Annual report of the Civil Veterinary Department, Bengal, for the year 1897-98 - 1897-1898
Year: 1897
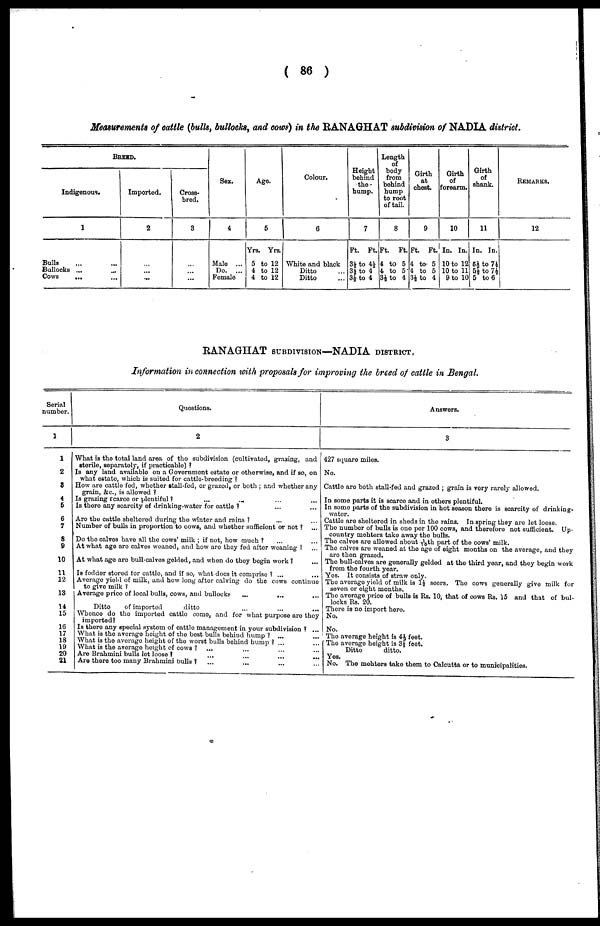
(86)
Measurements of cattle (bulls, bullocks, and cows) in the RANAGHAT subdivision of NADIA district.
BREED.
Indigenous.
1
Bulls ... ...
Bullocks ... ...
Cows
... ...
Imported.
2
...
...
...
Cross-
bred.
3
...
...
...
Sex.
4
Male ...
Do. ...
Female
Age.
5
Yrs. Yrs.
5 to 12
4 to 12
4 to 12
Colour.
6
White and black
Ditto ...
Ditto ...
Height
behind
the
bump.
7
Ft.
Ft.
3½ to 4½
3½ to 4
3½ to 4
Length
of
body
from
behind
hump
to root
of tail.
8
Ft.
Ft.
4 to 5
4 to 5
3½ to 4
Girth
at
chest.
9
Ft.
Ft
4 to 5
4 to 5
3½ to 4
Girth
of
forearm.
10
In. In.
10 to 12
10 to 11
9 to 10
Girth
of
shank.
11
In. In.
5½ to 7½
5½ to 7½
5 to 6
REMARKS.
12
RANAGHAT SUBDIVISION—NADIA DISTRICT,
Information in connection with proposals for improving the breed of cattle in Bengal.
Serial
number.
1
1
2
3
4
6
6
7
8
9
10
11
12
13
14
15
16
17
18
19
20
21
Questions.
2
What is the total land area of the subdivision (cultivated, grazing, and
storile, separately, if practicable)?
Is any land available on a Government estate or otherwise, and if so, on i
what estate, which is suited for cattle-breeding?
How are cattle fed, whether stall-fed, or grazed, or both; and whether any
grain, &c., is allowed?
Is grazing Ecarco or plentiful? ... ...
Is there any scarcity of drinking-water for cattle? ... ...
Are the cattle sheltored during the winter and rains?
...
... ...
Number of bulls in proportion to cows, and whether sufficient or not? ...
Do the calves have all the cows' milk; if not, how much? ... ...
At what age are calves weaned, and how are they fed after weaning? ...
At what age are bull-calves gelded, and when do they begin work? ...
Is fodder stored tor cattle, and if so, what docs it comprise? ... ...
Average yield of milk, and how long after calving do the cows continue
to give milk?
Average price of local bulls, cows, and bullocks
...
...
Ditto
of imported
ditto
Whence do the imported cattle come, and for what purpose are they
imported?
Is there any special system of cattle management in your subdivision? ...
| What is the average height of the best bulls behind hump? ... ...
What is the average height of the worst bulls behind hump? ... ...
What is the average height of cows? ... ... ... ...
Are Brahmini bulls lot loose? ... ... ... ...
Are there too many Brahmini bulls? ...
...
...
...
Answers.
3
427 square miles.
No.
Cattle are both stall-fed and grazed; grain is very rarely allowed.
In some parts it is scarce and in others plentiful.
In some parts of the subdivision in hot season there is scarcity of drinking-
Cattle are sheltered in sheds in the rains. In spring they are let loose.
The number of bulls is one per 100 cows, and therefore not sufficient. Up-
country mohters take away the bulls.
The calves are allowed about 101th part of the cows' milk.
The calves are weaned at the age of eight months on the average, and they
are then grazed.
The bull calves are generally gelded at the third year, and they begin work
from the fourth year.
Yes. It consists of straw only.
The average yield of milk is 1½ seers. The cows generally give milk for
seven or eight months.
The average price of bulls is Rs. 10, that of cows Rs. 15 and that of bul-
locks lis. 20.
There is no import here.
No.
No.
The average height is 4½ feet.
The average height is 3½ feet.
Ditto
ditto.
Yes.
No. The mohters take them to Calcutta or to municipalities.